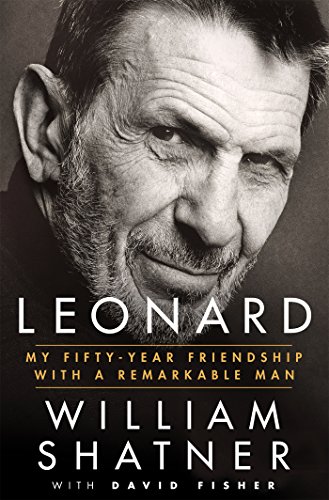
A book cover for Leonard: My Fifty-Year Friendship with a Remarkable Man; William Shatner; Humor & Entertainment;